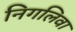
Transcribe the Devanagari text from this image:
निगलिवा